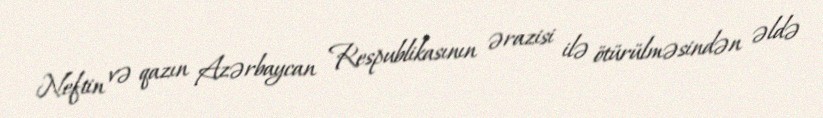
Neftin və qazın Azərbaycan Respublikasının ərazisi ilə ötürülməsindən əldə